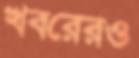
খবরেরও